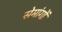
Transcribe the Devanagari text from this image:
सेमांगों